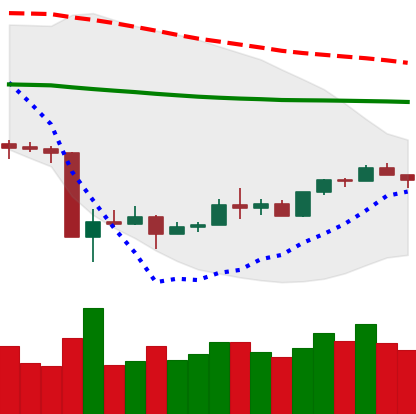
Ticker: XMR-USD
Chart end date: 2020-03-28
Forward return: 7.687%
Label: up_7plus